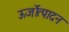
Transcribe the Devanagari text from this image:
ऊर्जोत्पादन